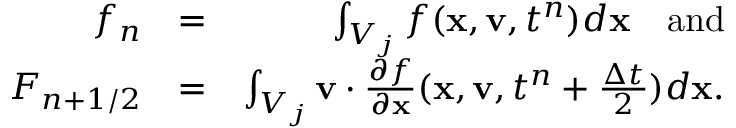
\begin{array} { r l r } { f _ { n } } & { = } & { \int _ { V _ { j } } f ( \mathbf x , \mathbf v , t ^ { n } ) d \mathbf x \quad \mathrm { a n d } } \\ { F _ { n + 1 / 2 } } & { = } & { \int _ { V _ { j } } \mathbf v \cdot \frac { \partial f } { \partial \mathbf x } ( \mathbf x , \mathbf v , t ^ { n } + \frac { \Delta t } { 2 } ) d \mathbf x . } \end{array}